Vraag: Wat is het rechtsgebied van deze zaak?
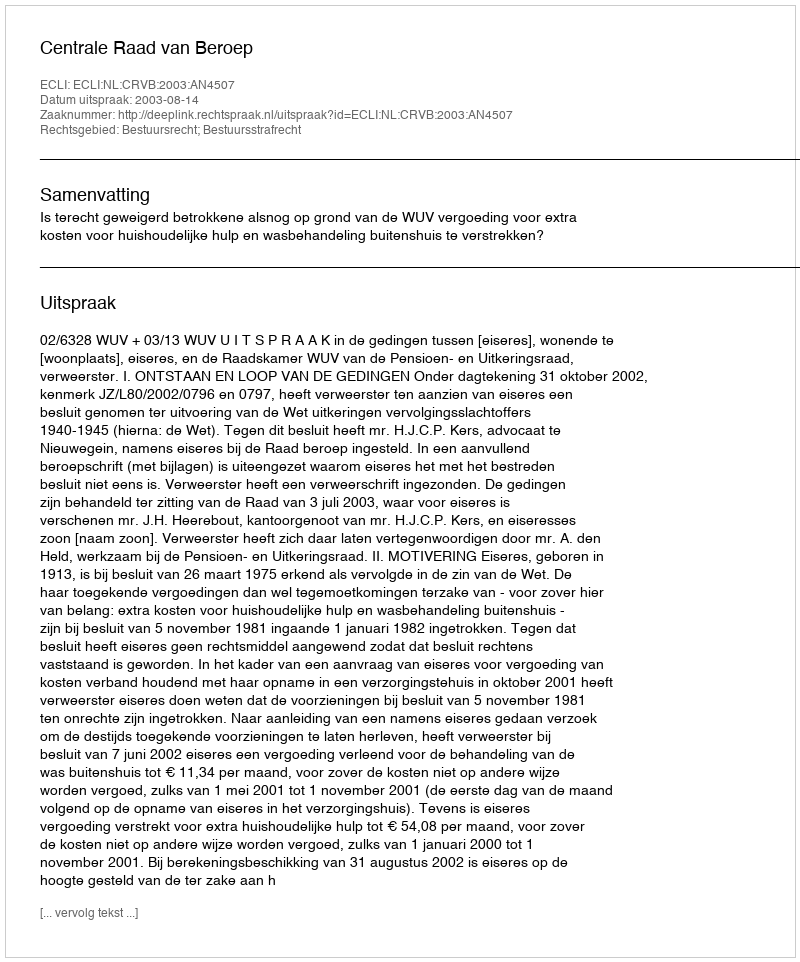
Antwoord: Bestuursrecht; Bestuursstrafrecht